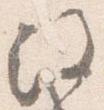
注